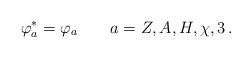
LaTeX: \begin{align*}\varphi_a^* = \varphi_a \qquad a= Z,A, H, \chi, 3 \, .\end{align*}